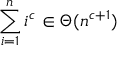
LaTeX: \sum _ { i = 1 } ^ { n } i ^ { c } \in \Theta ( n ^ { c + 1 } )